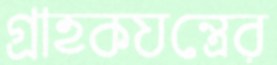
গ্রাহকযন্ত্রের